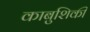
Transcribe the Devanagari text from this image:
काबुशिकी